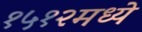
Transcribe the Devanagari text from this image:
१५१२मध्ये